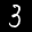
Label: 3